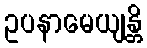
ဥပနာမေယျန္တိ